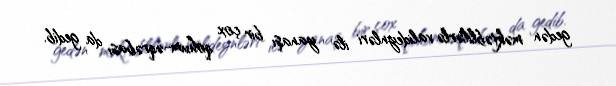
gedən məktəblilərlə valideynləri ilə yanaşı bir çox qohum-əqrəbası da gedib.